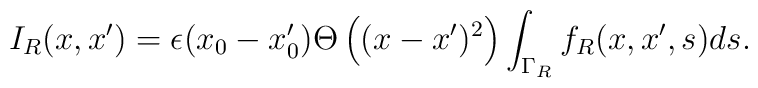
I_R(x,x')=\epsilon(x_0-x'_0)\Theta\left((x-x')^2\right)\int_{\Gamma_R}f_R(x,x',s)ds.